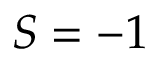
S = - 1